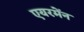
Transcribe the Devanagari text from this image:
एयरमेंन